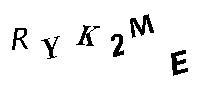
RYK2ME